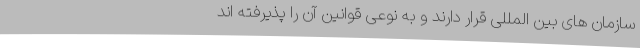
سازمان های بین المللی قرار دارند و به نوعی قوانین آن را پذیرفته اند